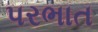
પરભાત